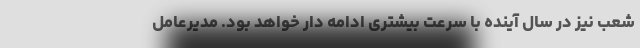
شعب نیز در سال آینده با سرعت بیشتری ادامه دار خواهد بود. مدیرعامل